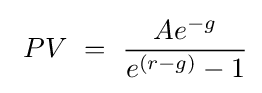
\ PV\ =\ {Ae^{-g} \over e^{(r-g)}-1}